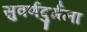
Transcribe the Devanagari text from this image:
सुवर्णदुर्गला